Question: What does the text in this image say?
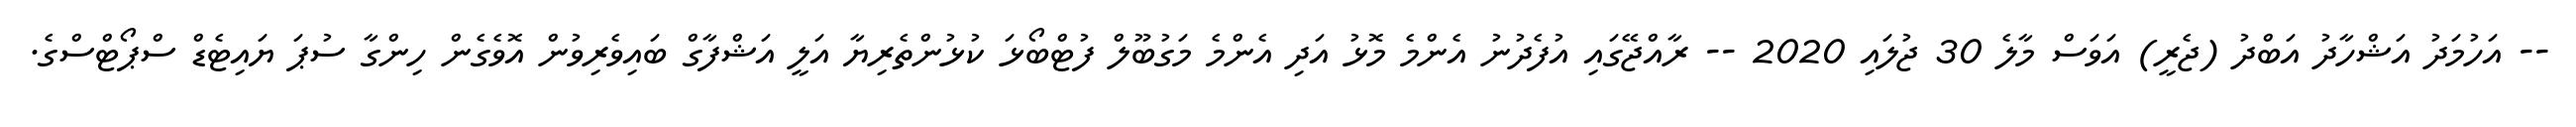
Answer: -- އަހުމަދު އަޝްހާދު އަބްދު (ޖެރީ) އަވަސް މާލެ 30 ޖުލައި 2020 -- ރާއްޖޭގައި އުފެދުނު އެންމެ މޮޅު އަދި އެންމެ މަގުބޫލް ފުޓްބޯޅަ ކުޅުންތެރިޔާ އަލީ އަޝްފާގް ބައިވެރިވުން އޮވެގެން ހިންގާ ސުޕަ ޔައިޓެޑް ސްޕޯޓްސްގެ.